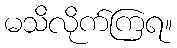
မသိလိုက်ကြရ။